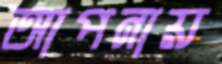
আপনায়